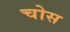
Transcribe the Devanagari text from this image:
चोस